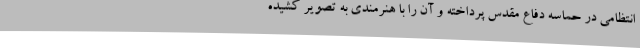
انتظامی در حماسه دفاع مقدس پرداخته و آن را با هنرمندی به تصویر کشیده